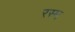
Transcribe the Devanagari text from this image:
रस्‍म